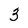
Character: 3